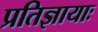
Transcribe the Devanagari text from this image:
प्रतिज्ञायाः